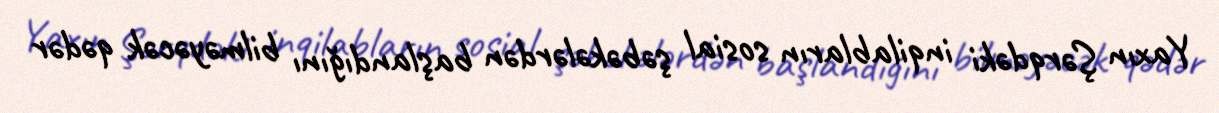
Yaxın Şərqdəki inqilabların sosial şəbəkələrdən başlandığını bilməyəcək qədər